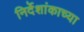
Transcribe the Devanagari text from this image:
निर्देशांकाच्या